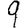
Digit: 9